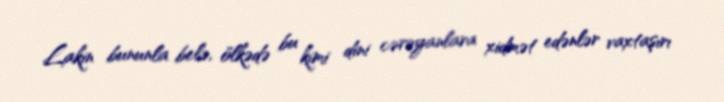
Lakin bununla belə, ölkədə bu kimi dini cərəyanlara xidmət edənlər vaxtaşırı